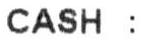
CASH :